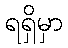
ရရှိမှာ